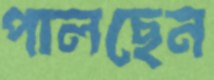
পালছেন